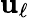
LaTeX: \mathbf{u}_{\ell}